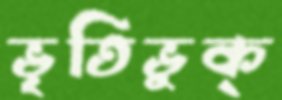
ভৃতিভুক্‌